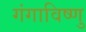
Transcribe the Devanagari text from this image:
गंगाविष्णु